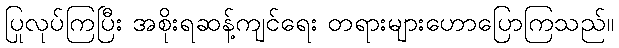
ပြုလုပ်ကြပြီး အစိုးရဆန့်ကျင်ရေး တရားများဟောပြောကြသည်။